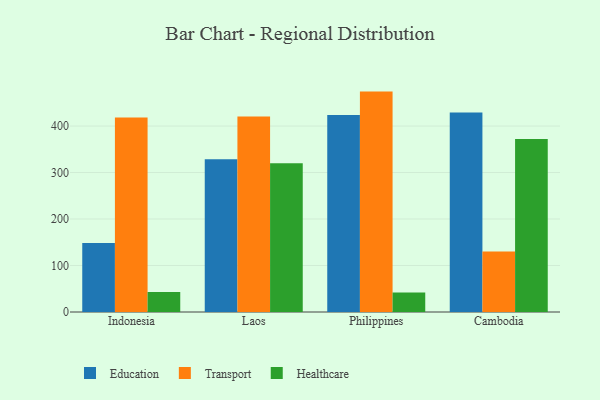
{"axis": {"x": "Country", "y": "Operating Costs (USD K)"}, "legend": ["Education", "Healthcare", "Transport"], "data": [{"x": "Indonesia", "y": 148.5, "type": "Education"}, {"x": "Indonesia", "y": 418.4, "type": "Transport"}, {"x": "Indonesia", "y": 42.8, "type": "Healthcare"}, {"x": "Laos", "y": 328.6, "type": "Education"}, {"x": "Laos", "y": 420.7, "type": "Transport"}, {"x": "Laos", "y": 320.2, "type": "Healthcare"}, {"x": "Philippines", "y": 423.7, "type": "Education"}, {"x": "Philippines", "y": 474.1, "type": "Transport"}, {"x": "Philippines", "y": 41.7, "type": "Healthcare"}, {"x": "Cambodia", "y": 428.9, "type": "Education"}, {"x": "Cambodia", "y": 130.2, "type": "Transport"}, {"x": "Cambodia", "y": 372.2, "type": "Healthcare"}]}